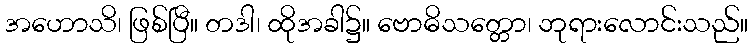
အဟောသိ၊ ဖြစ်ပြီ။ တဒါ၊ ထိုအခါ၌။ ဗောဓိသတ္တော၊ ဘုရားလောင်းသည်။